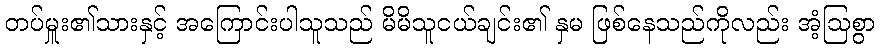
တပ်မှူး၏သားနှင့် အကြောင်းပါသူသည် မိမိသူငယ်ချင်း၏ နှမ ဖြစ်နေသည်ကိုလည်း အံ့ဩစွာ